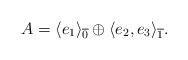
LaTeX: \begin{align*}A= \langle e_1 \rangle_{\overline{0}} \oplus \langle e_2, e_3 \rangle_{\overline{1}}.\end{align*}